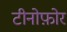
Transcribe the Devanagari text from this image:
टीनोफ़ोर